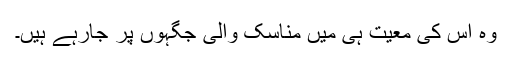
وہ اس کی معیت ہی میں مناسک والی جگہوں پر جارہے ہیں۔